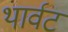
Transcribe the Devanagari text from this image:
थार्वट